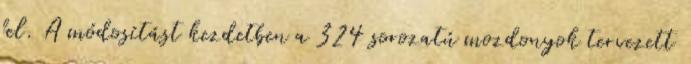
fel. A módosítást kezdetben a 324 sorozatú mozdonyok tervezett